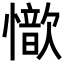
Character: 𢣇